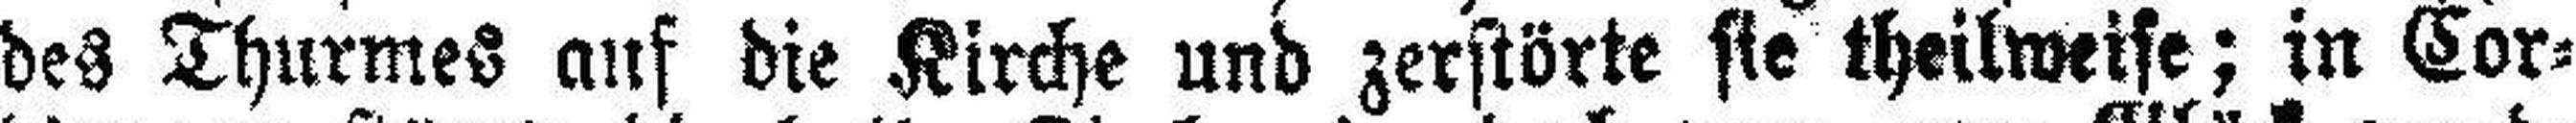
des Thurmes auf die Kirche und zerstörte sie theilweise; in Cor¬